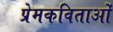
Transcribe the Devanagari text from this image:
प्रेमकविताओं